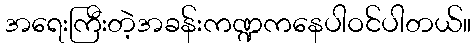
အရေးကြီးတဲ့အခန်းကဏ္ဍကနေပါဝင်ပါတယ်။